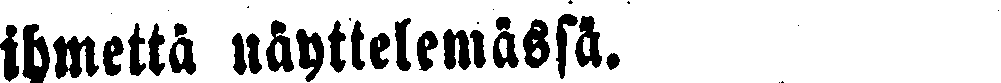
ihmettä näyttelemässä.